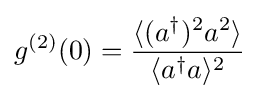
g^{(2)}(0)={{\langle (a^{\dagger })^{2}a^{2}\rangle } \over {\langle a^{\dagger }a\rangle ^{2}}}